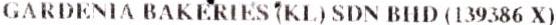
GARDENIA BAKERIES (KL) SDN BHD (139386 X)